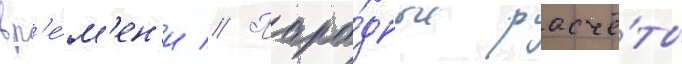
вр'е́м'ен'и // Пара́дные расчё́ты